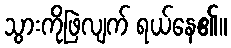
သွားကိုဖြဲလျက် ရယ်နေ၏။